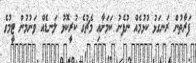
ފަރާތުން ރަނގަޅު ކުޅުމެއް ނުފެނު ކަމަށާޢި މެޗުގެ ކުރީކޮޅު ލަނޑެއް ވަނުމުން ޓީމުގެ